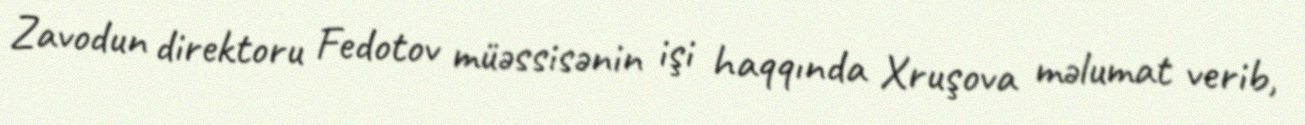
Zavodun direktoru Fedotov müəssisənin işi haqqında Xruşova məlumat verib,